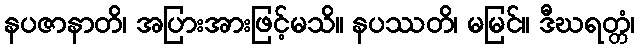
နပဇာနာတိ၊ အပြားအားဖြင့်မသိ။ နပဿတိ၊ မမြင်။ ဒီဃရတ္တံ၊